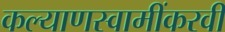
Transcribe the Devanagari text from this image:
कल्याणस्वामींकरवी